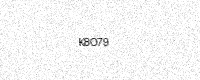
Text: K8O79